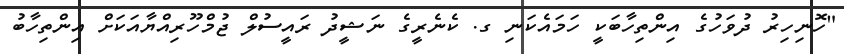
"ހޮނިހިރު ދުވަހުގެ އިންތިހާބަކީ ހަމައެކަނި ގ. ކެނެރީގެ ނަޝީދު ރައީސުލް ޖުމްހޫރިއްޔާއަކަށް އިންތިހާބު